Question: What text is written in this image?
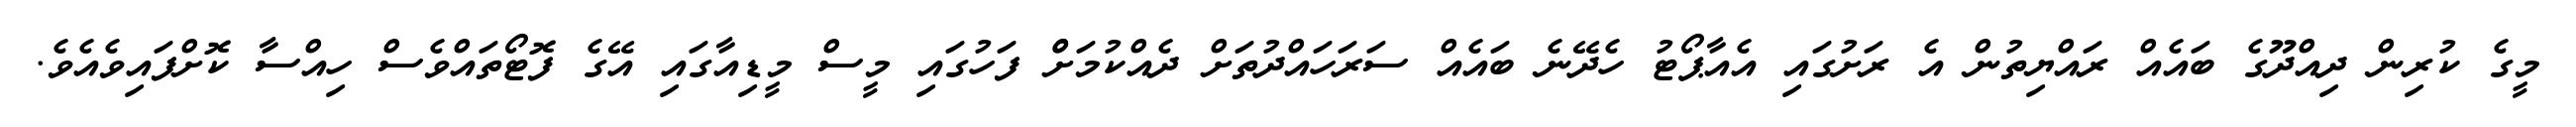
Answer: މީގެ ކުރިން ދިއްދޫގެ ބައެއް ރައްޔިތުން އެ ރަށުގައި އެއާޕޯޓު ހެދޭނެ ބައެއް ސަރަހައްދުތަށް ދެއްކުމަށްް ފަހުގައި މީސް މީޑިއާގައި އޭގެ ފޮޓޯތައްވެސް ހިއްސާ ކޮށްފައިވެއެވެ.